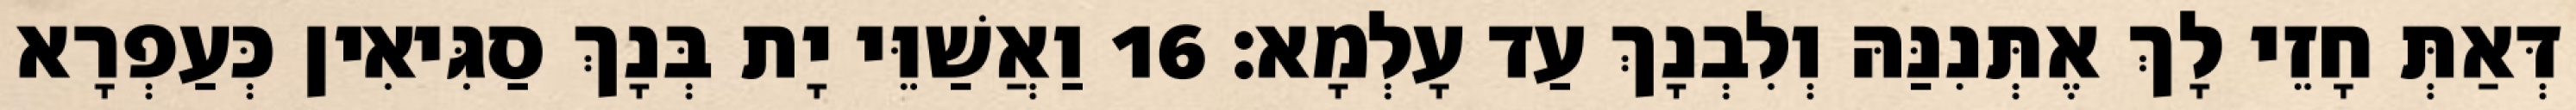
דְּאַתְּ חָזֵי לָךְ אֶתְּנִנַּהּ וְלִבְנָךְ עַד עָלְמָא׃ 16 וַאֲשַׁוֵּי יָת בְּנָךְ סַגִּיאִין כְּעַפְרָא